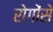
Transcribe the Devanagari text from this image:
रोगोंसे